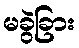
မခွဲခြား